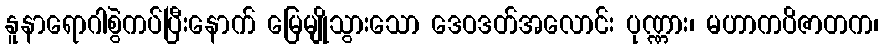
နူနာရောဂါစွဲကပ်ပြီးနောက် မြေမျိုသွားသော ဒေဝဒတ်အလောင်း ပုဏ္ဏား၊ မဟာကပိဇာတက၊